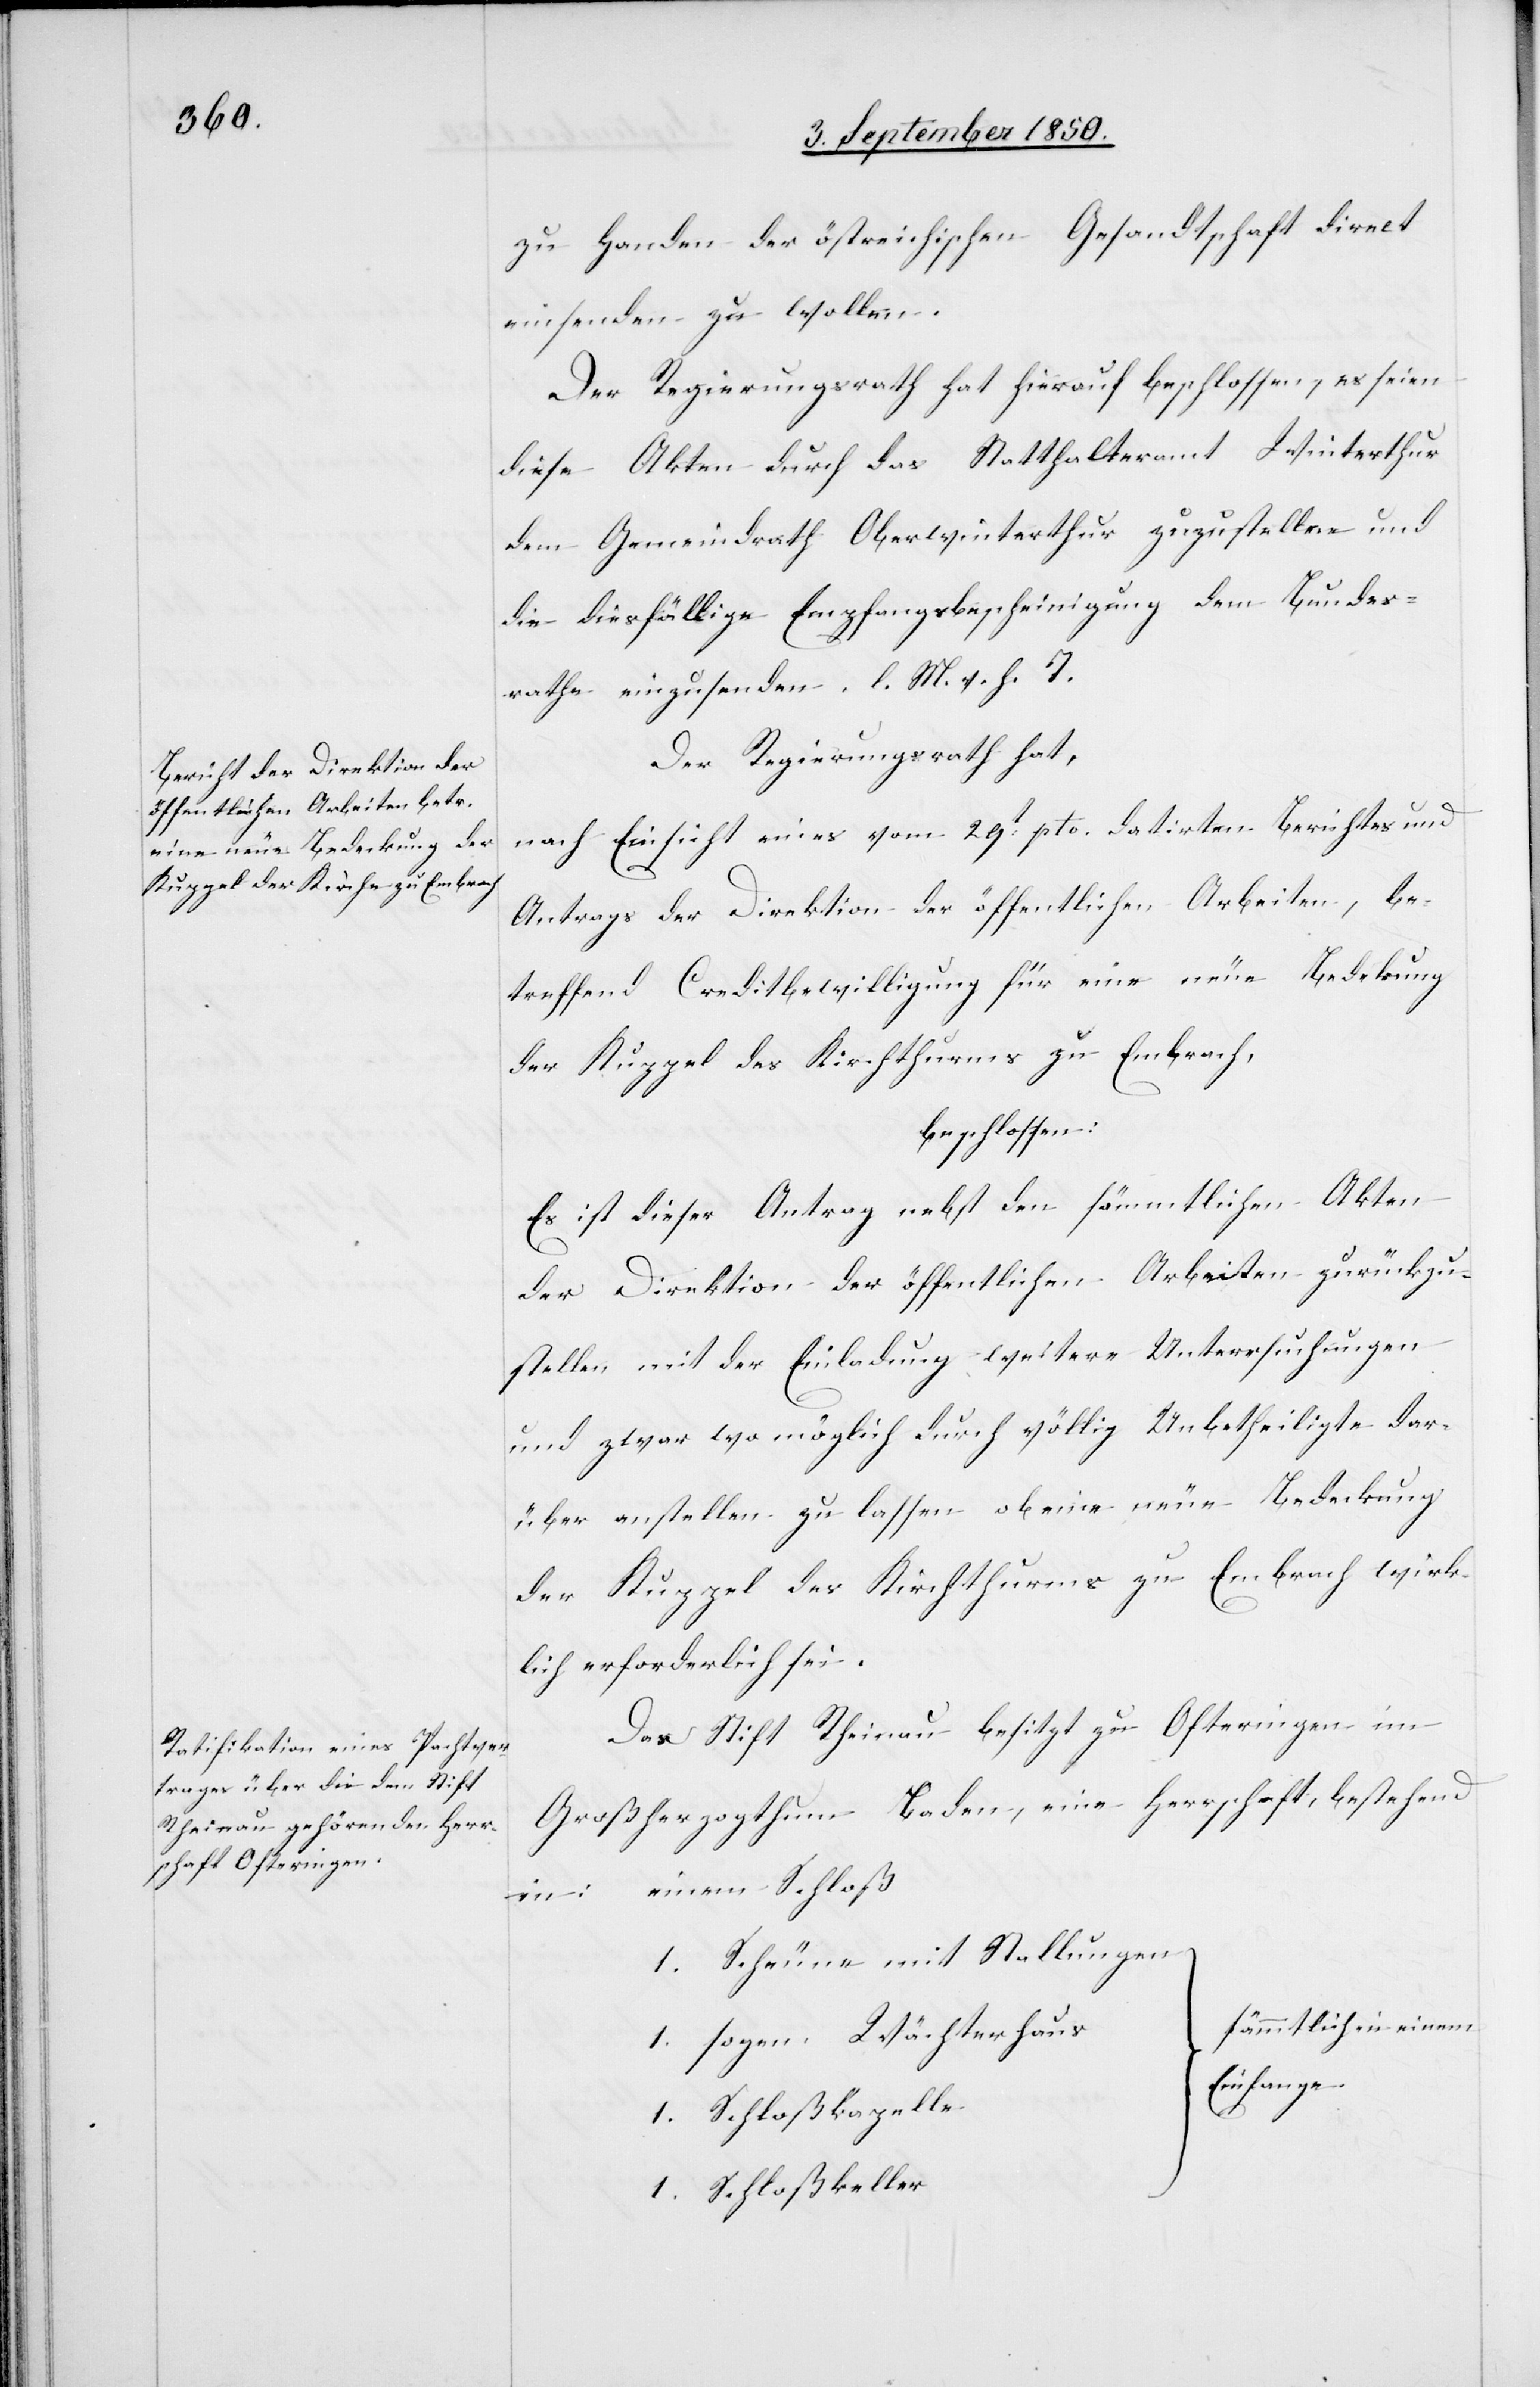
zu Handen der östreichischen [sic!] Gesandtschaft direct
einsenden zu wollen.
Der Regierungsrath hat hierauf beschlossen, es seien
diese Akten durch das Statthalteramt Winterthur
dem Gemeindrath Oberwinterthur zuzustellen und
die diesfällige Empfangsbescheinigung dem Bundes¬
rathe einzusenden. l. M. v. h. T.
Der Regierungsrath hat,
nach Einsicht eines vom 29t pto. datirten Berichtes und
Antrags der Direktion der öffentlichen Arbeiten, be¬
treffend Creditbewilligung für eine neue Bedekung
der Kuppel des Kirchthurms zu Embrach,
beschlossen:
Es ist dieser Antrag nebst den sämmtlichen Akten
der Direktion der öffentlichen Arbeiten zurückzu¬
stellen mit der Einladung weitere Untersuchungen
und zwar wo möglich durch völlig Unbetheiligte dar¬
über anstellen zu lassen ob eine neue Bedeckung
der Kuppel des Kirchthurms zu Embrach wirk¬
lich erforderlich sei.
Das Stift Rheinau besitzt zu Ofteringen im
Großherzogthum Baden, eine Herrschaft, bestehend
einem Schloß
in:
1. Scheune mit Stallungen
sämmtlich in einem
1. sogen. Wächterhaus
Einfange.
1. Schloßkapelle
1. Schloßkeller